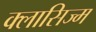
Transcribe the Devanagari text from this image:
क्लासिज्म